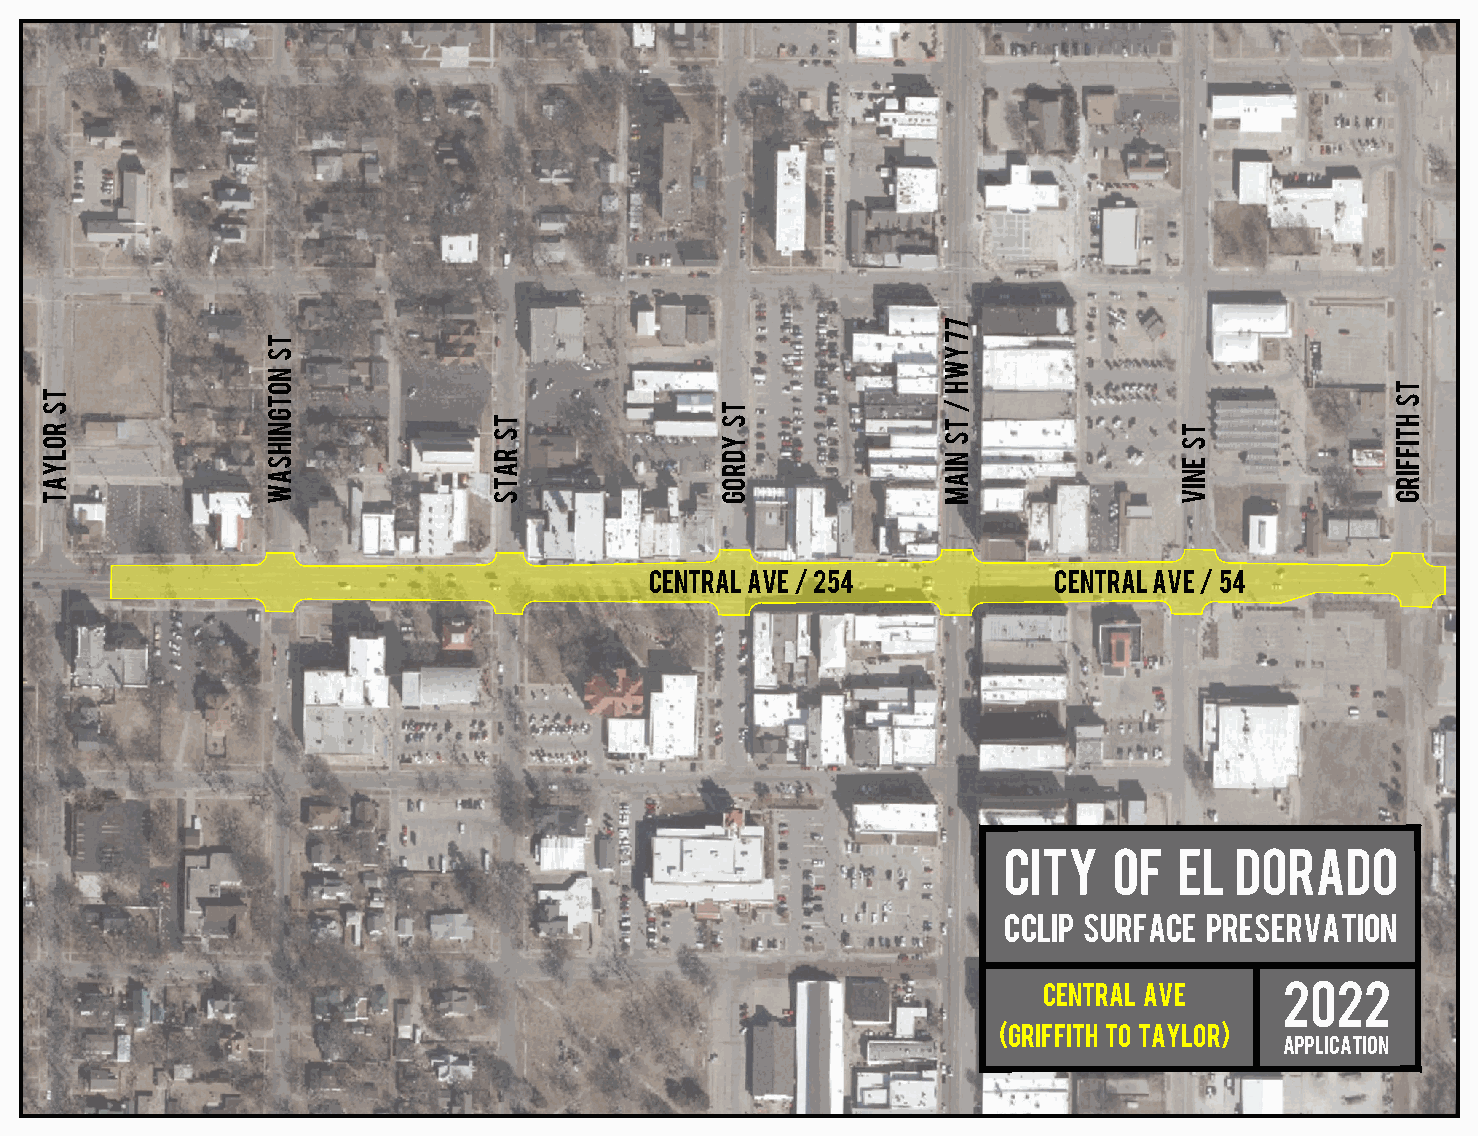
Central ave 254            Central ave 54
 CITY   OF   El Dorado
 CClip surface preservation
 Central Ave     2022
 (Griffith to taylor)
 application
 TS
 ROLYAT
 TS
 notgnihsaw
 TS
 rats
 TS
 ydrog
 77
 ywh
 TS
 niam
 TS
 eniv
 TS
 htiffirg